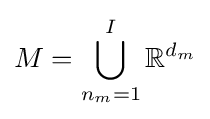
M=\bigcup _{n_{m}=1}^{I}\mathbb {R} ^{d_{m}}